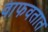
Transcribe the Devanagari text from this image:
वाफवतात